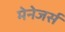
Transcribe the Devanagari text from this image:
मेनेजर्स